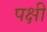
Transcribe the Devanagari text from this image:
पक्षी